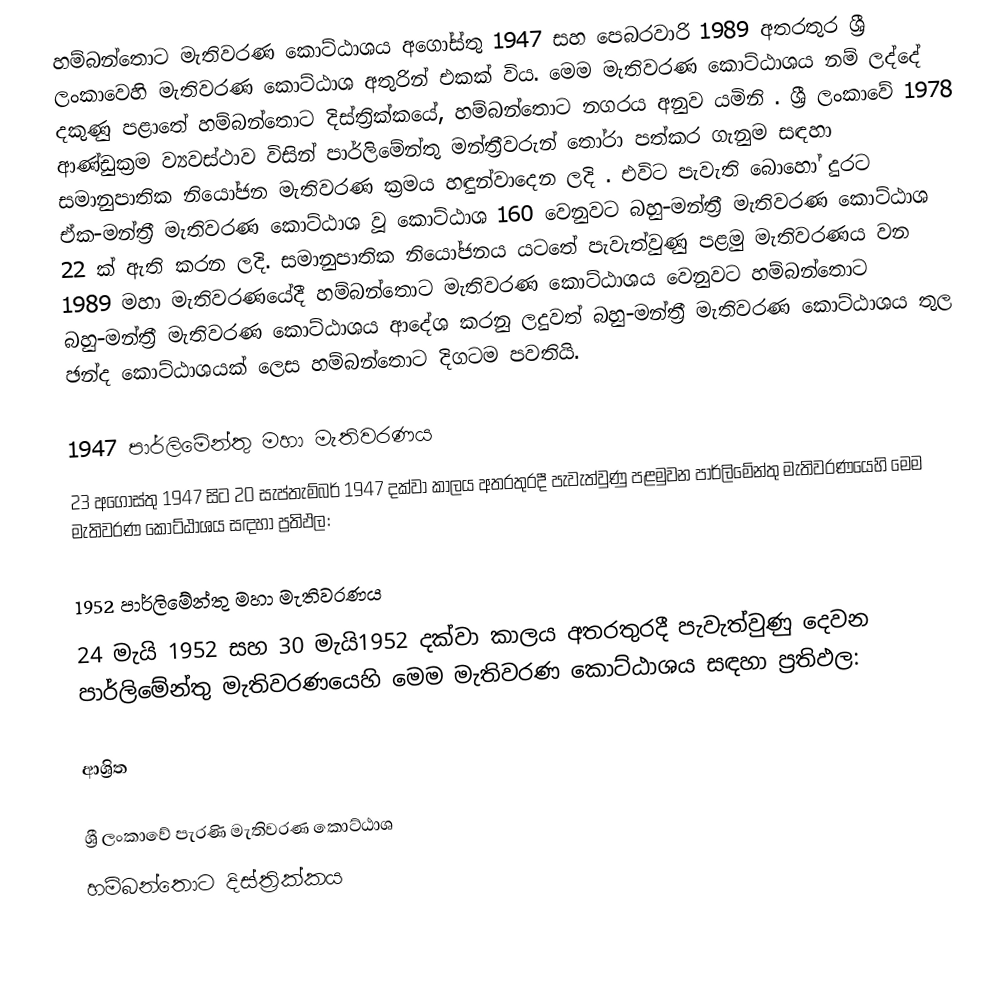
හම්බන්තොට මැතිවරණ කොට්ඨාශය  අගෝස්තු 1947 සහ පෙබරවාරි 1989 අතරතුර  ශ්‍රී ලංකාවෙහි  මැතිවරණ කොට්ඨාශ අතුරින් එකක් විය. මෙම මැතිවරණ කොට්ඨාශය නම් ලද්දේ දකුණු පළාතේ හම්බන්තොට දිස්ත්‍රික්කයේ,  හම්බන්තොට නගරය අනුව යමිනි . ශ්‍රී ලංකාවේ 1978 ආණ්ඩුක්‍රම ව්‍යවස්ථාව විසින්   පාර්ලිමේන්තු මන්ත්‍රීවරුන් තෝරා පත්කර ගැනුම සඳහා සමානුපාතික නියෝජන මැතිවරණ ක්‍රමය හඳුන්වාදෙන ලදි . එවිට පැවැති බොහෝ දුරට  ඒක-මන්ත්‍රී මැතිවරණ කොට්ඨාශ වූ කොට්ඨාශ 160 වෙනුවට බහු-මන්ත්‍රී මැතිවරණ කොට්ඨාශ 22 ක් ඇති කරන ලදි. සමානුපාතික නියෝජනය යටතේ පැවැත්වුණු  පළමු මැතිවරණය වන 1989 මහා මැතිවරණයේදී  හම්බන්තොට මැතිවරණ කොට්ඨාශය වෙනුවට හම්බන්තොට බහු-මන්ත්‍රී මැතිවරණ කොට්ඨාශය  ආදේශ කරනු ලදුවත් බහු-මන්ත්‍රී මැතිවරණ කොට්ඨාශය තුල ඡන්ද කොට්ඨාශයක් ලෙස හම්බන්තොට දිගටම පවතියි.

1947 පාර්ලිමේන්තු මහා මැතිවරණය
23 අගෝස්තු 1947 සිට 20 සැප්තැම්බර් 1947 දක්වා කාලය අතරතුරදී පැවැත්වුණු   පළමුවන පාර්ලිමේන්තු මැතිවරණයෙහි මෙම මැතිවරණ කොට්ඨාශය සඳහා ප්‍රතිඵල:

1952 පාර්ලිමේන්තු මහා මැතිවරණය
24 මැයි 1952 සහ 30 මැයි1952 දක්වා කාලය අතරතුරදී පැවැත්වුණු   දෙවන පාර්ලිමේන්තු මැතිවරණයෙහි මෙම මැතිවරණ කොට්ඨාශය සඳහා ප්‍රතිඵල:

ආශ්‍රිත

ශ්‍රී ලංකාවේ පැරණි මැතිවරණ කොට්ඨාශ
හම්බන්තොට දිස්ත්‍රික්කය